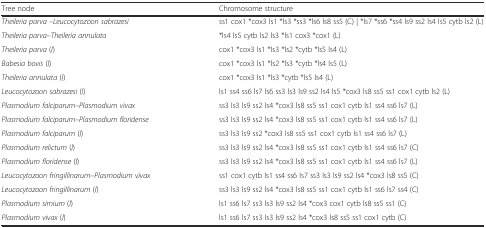
<table><thead><tr><td><b>Tree node</b></td><td><b>Chromosome structure</b></td></tr></thead><tbody><tr><td><i>Theileria parva</i> –<i>Leucocytozoon sabrazesi</i></td><td>ss1 cox1 *cox3 ls1 *ls3 *ss3 *ls6 ls8 ss5 (C) | *ls7 *ss6 *ss4 ls9 ss2 ls4 ls5 cytb ls2 (L)</td></tr><tr><td><i>Theileria parva–Theileria annulata</i></td><td>*ls4 ls5 cytb ls2 ls3 *ls1 cox3 *cox1 (L)</td></tr><tr><td><i>Theileria parva</i> (<i>l</i>)</td><td>cox1 *cox3 ls1 *ls3 *ls2 *cytb *ls5 ls4 (L)</td></tr><tr><td><i>Babesia bovis</i> (<i>l</i>)</td><td>cox1 *cox3 ls1 *ls2 *ls3 *cytb *ls4 ls5 (L)</td></tr><tr><td><i>Theileria annulata</i> (<i>l</i>)</td><td>cox1 *cox3 ls1 *ls3 *cytb *ls5 ls4 (L)</td></tr><tr><td><i>Leucocytozoon sabrazesi</i> (<i>l</i>)</td><td>ls1 ss4 ss6 ls7 ls6 ss3 ls3 ls9 ss2 ls4 ls5 *cox3 ls8 ss5 ss1 cox1 cytb ls2 (L)</td></tr><tr><td><i>Plasmodium falciparum–Plasmodium vivax</i></td><td>ss3 ls3 ls9 ss2 ls4 *cox3 ls8 ss5 ss1 cox1 cytb ls1 ss4 ss6 ls7 (L)</td></tr><tr><td><i>Plasmodium falciparum–Plasmodium floridense</i></td><td>ss3 ls3 ls9 ss2 ls4 *cox3 ls8 ss5 ss1 cox1 cytb ls1 ss4 ss6 ls7 (L)</td></tr><tr><td><i>Plasmodium falciparum</i> (<i>l</i>)</td><td>ss3 ls3 ls9 ss2 *cox3 ls8 ss5 ss1 cox1 cytb ls1 ss4 ss6 ls7 (L)</td></tr><tr><td><i>Plasmodium relictum</i> (<i>l</i>)</td><td>ss3 ls3 ls9 ss2 ls4 *cox3 ls8 ss5 ss1 cox1 cytb ls1 ss4 ss6 ls7 (C)</td></tr><tr><td><i>Plasmodium floridense</i> (<i>l</i>)</td><td>ss3 ls3 ls9 ss2 ls4 *cox3 ls8 ss5 ss1 cox1 cytb ls1 ss4 ss6 ls7 (L)</td></tr><tr><td><i>Leucocytozoon fringillinarum–Plasmodium vivax</i></td><td>ss1 cox1 cytb ls1 ss4 ss6 ls7 ss3 ls3 ls9 ss2 ls4 *cox3 ls8 ss5 (C)</td></tr><tr><td><i>Leucocytozoon fringillinarum</i> (<i>l</i>)</td><td>ss3 ls3 ls9 ss2 ls4 *cox3 ls8 ss5 ss1 cox1 cytb ls1 ss6 ls7 ss4 (C)</td></tr><tr><td><i>Plasmodium simium</i> (<i>l</i>)</td><td>ls1 ss6 ls7 ss3 ls3 ls9 ss2 ls4 *cox3 cox1 cytb ls8 ss5 ss1 (C)</td></tr><tr><td><i>Plasmodium vivax</i> (<i>l</i>)</td><td>ls1 ss6 ls7 ss3 ls3 ls9 ss2 ls4 *cox3 ls8 ss5 ss1 cox1 cytb (C)</td></tr></tbody></table>